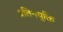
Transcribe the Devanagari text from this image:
प्रतिनयुक्ति